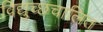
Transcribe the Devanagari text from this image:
विद्युच्छचालित